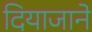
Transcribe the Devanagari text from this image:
दियाजाने